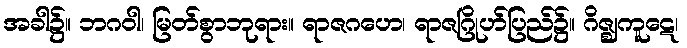
အခါ၌။ ဘဂဝါ၊ မြတ်စွာဘုရား။ ရာဇဂဟေ၊ ရာဇဂြိုဟ်ပြည်၌။ ဂိဇ္ဈကူဋေ၊